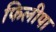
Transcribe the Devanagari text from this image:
फिलीपा